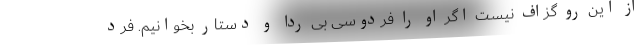
از این رو گزاف نیست اگر او را فردوسی بی‌ ردا و دستار بخوانیم. فرد